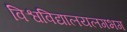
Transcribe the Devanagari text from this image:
विश्वविद्यालयलगभग